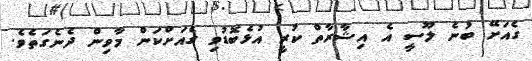
ގެއަށޭ ބުނެ ލޫސީ އެ އިޝާރާތް ކުރީ އުޅެބޮޑުވި ގެއަށްކަން މާވިން ދެނެގަތެވެ.